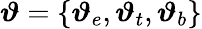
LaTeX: \boldsymbol{\vartheta}=\{ \boldsymbol{\vartheta}_{e},\boldsymbol{\vartheta}_{t},\boldsymbol{\vartheta}_{b}\}